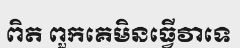
ពិត ពួកគេមិនធ្វើវាទេ